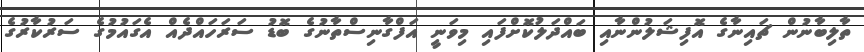
ތާލިބާނުން ޗައިނާގެ އޮފިޝަލުންނާއި ބައްދަލުކޮށްފައި މިވަނީ އަފްގާނިސްތާނުގެ ބޮޑު ސަރަހައްދެއް އެގައުމުގެ ސަރުކާރުގެ